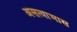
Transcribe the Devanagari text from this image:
असत्याभास